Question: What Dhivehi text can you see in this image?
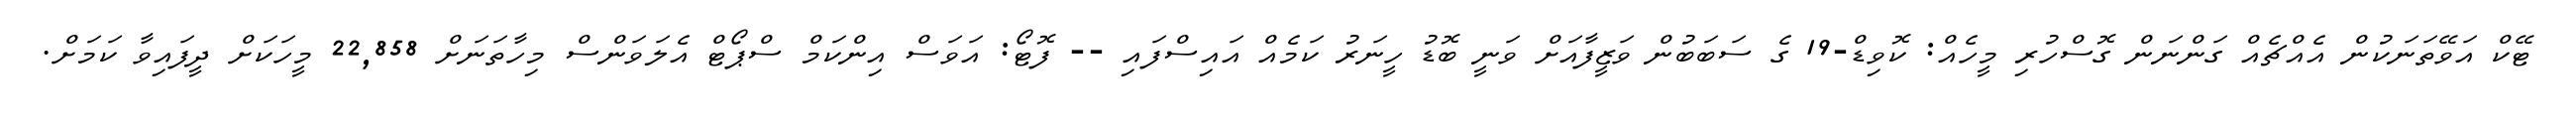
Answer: ޓޭކް އަވޭތަނަކުން އެއްޗެއް ގަންނަން ގޮސްހުރި މީހެއް: ކޮވިޑް-19 ގެ ސަބަބުން ވަޒީފާއަށް ވަނީ ބޮޑު ހީނަރު ކަމެއް އައިސްފައި -- ފޮޓޯ: އަވަސް އިންކަމް ސްޕޯޓް އެލަވަންސް މިހާތަނަށް 22,858 މީހަކަށް ދީފައިވާ ކަމަށް.